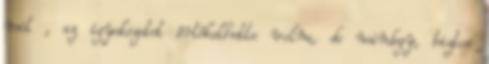
mit , az igyekezetet értékelhette volna, de mindegy, biztos